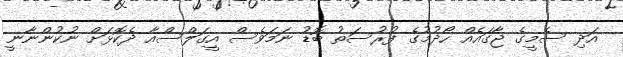
އަދި ސެމީގެ ޖާގައެއް ހޯދުމުގެ ފުރުސަތު ބޮޑު ނަމަވެސް އީގަލްސްއާ ދެކޮޅަށް ނުކުންނާނީ